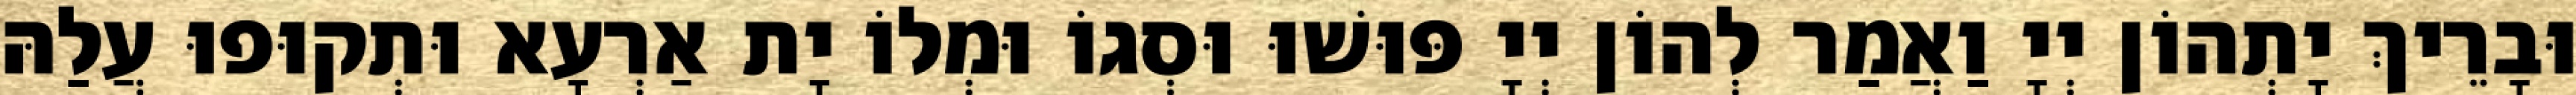
וּבָרֵיךְ יָתְהוֹן יְיָ וַאֲמַר לְהוֹן יְיָ פּוּשׁוּ וּסְגוֹ וּמְלוֹ יָת אַרְעָא וּתְקוּפוּ עֲלַהּ